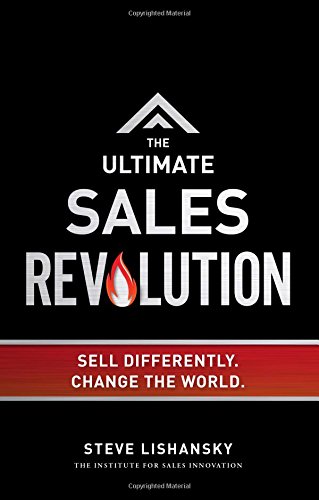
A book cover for The Ultimate Sales Revolution: Sell Differently. Change The World; Steve Lishansky; Business & Money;